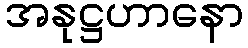
အနုဋ္ဌဟာနော